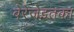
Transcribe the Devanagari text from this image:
बेरेजेइतका